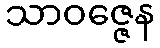
သာဝဇ္ဇေန